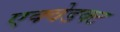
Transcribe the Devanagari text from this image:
एक्वेडक्ट